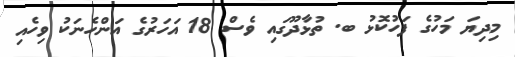
މިދިޔަ މަހުގެ ފަހުކޮޅު ބ. ތުޅާދޫގައި ވެސް 18 އަހަރުގެ އަންހެނަކު ވިހެއި